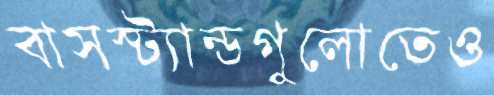
বাসস্ট্যান্ডগুলোতেও